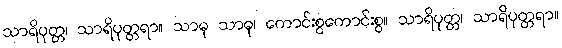
သာရိပုတ္တ၊ သာရိပုတ္တရာ။ သာဓု သာဓု၊ ကောင်းစွကောင်းစွ။ သာရိပုတ္တ၊ သာရိပုတ္တရာ။